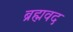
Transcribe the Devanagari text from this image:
ब्रह्मवद